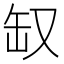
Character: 𰭃